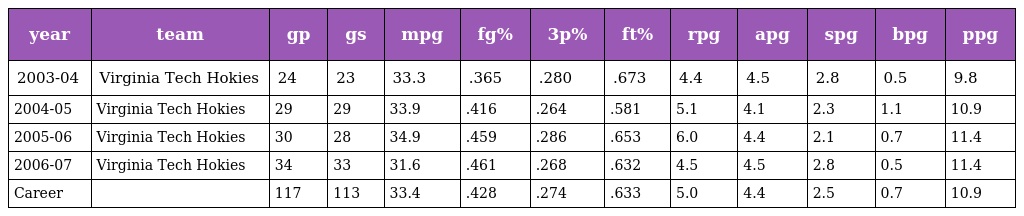
| year | team | gp | gs | mpg | fg% | 3p% | ft% | rpg | apg | spg | bpg | ppg |
 | --- | --- | --- | --- | --- | --- | --- | --- | --- | --- | --- | --- | --- |
 | 2003-04 | Virginia Tech Hokies | 24 | 23 | 33.3 | .365 | .280 | .673 | 4.4 | 4.5 | 2.8 | 0.5 | 9.8 |
 | 2004-05 | Virginia Tech Hokies | 29 | 29 | 33.9 | .416 | .264 | .581 | 5.1 | 4.1 | 2.3 | 1.1 | 10.9 |
 | 2005-06 | Virginia Tech Hokies | 30 | 28 | 34.9 | .459 | .286 | .653 | 6.0 | 4.4 | 2.1 | 0.7 | 11.4 |
 | 2006-07 | Virginia Tech Hokies | 34 | 33 | 31.6 | .461 | .268 | .632 | 4.5 | 4.5 | 2.8 | 0.5 | 11.4 |
 | Career |  | 117 | 113 | 33.4 | .428 | .274 | .633 | 5.0 | 4.4 | 2.5 | 0.7 | 10.9 |